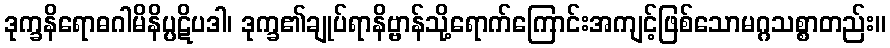
ဒုက္ခနိရောဓဂါမိနိပ္ပဋိပဒါ၊ ဒုက္ခ၏ချုပ်ရာနိဗ္ဗာန်သို့ရောက်ကြောင်းအကျင့်ဖြစ်သောမဂ္ဂသစ္စာတည်း။